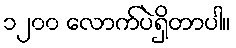
၁၂၀၀ လောက်ပဲရှိတာပါ။